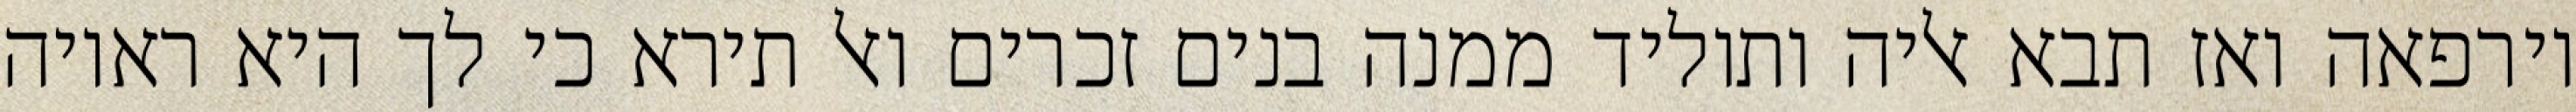
וירפאה ואז תבא אליה ותוליד ממנה בנים זכרים ואל תירא כי לך היא ראויה